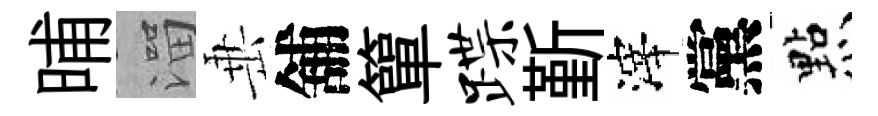
晡溜𡸁舖簞蹀斳滓黨㸃